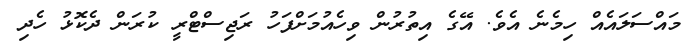
މައްސަލައެއް ހިމެނެ އެވެ. އޭގެ އިތުރުން ވިހެއުމަށްފަހު ރަޖިސްޓްރީ ކުރަން ދެކޮޅު ހެދި